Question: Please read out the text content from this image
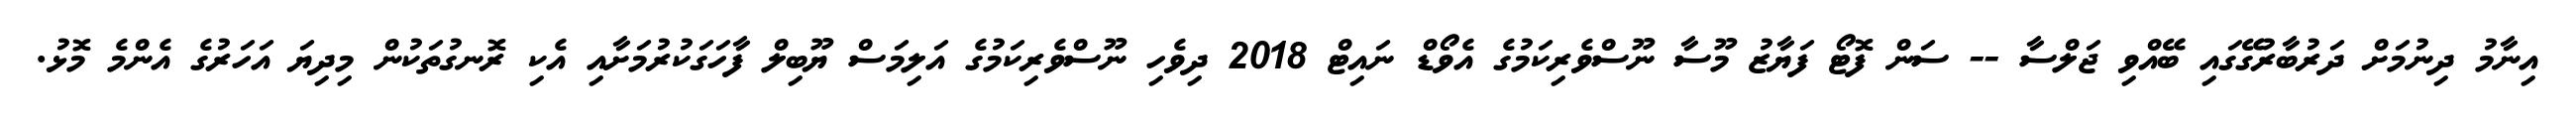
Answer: އިނާމު ދިނުމަށް ދަރުބާރުގޭގައި ބޭއްވި ޖަލްސާ -- ސަން ފޮޓޯ ފަޔާޒު މޫސާ ނޫސްވެރިކަމުގެ އެވޯޑް ނައިޓް 2018 ދިވެހި ނޫސްވެރިކަމުގެ އަލިމަސް ޔޫބިލް ފާހަގަކުރުމަށާއި އެކި ރޮނގުތަކުން މިދިޔަ އަހަރުގެ އެންމެ މޮޅު.